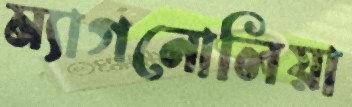
ম্যাগনোলিয়া